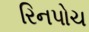
રિનપોચ